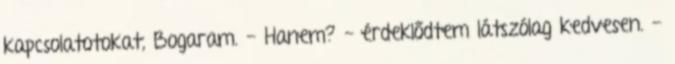
kapcsolatotokat, Bogaram. - Hanem? - érdeklődtem látszólag kedvesen. -